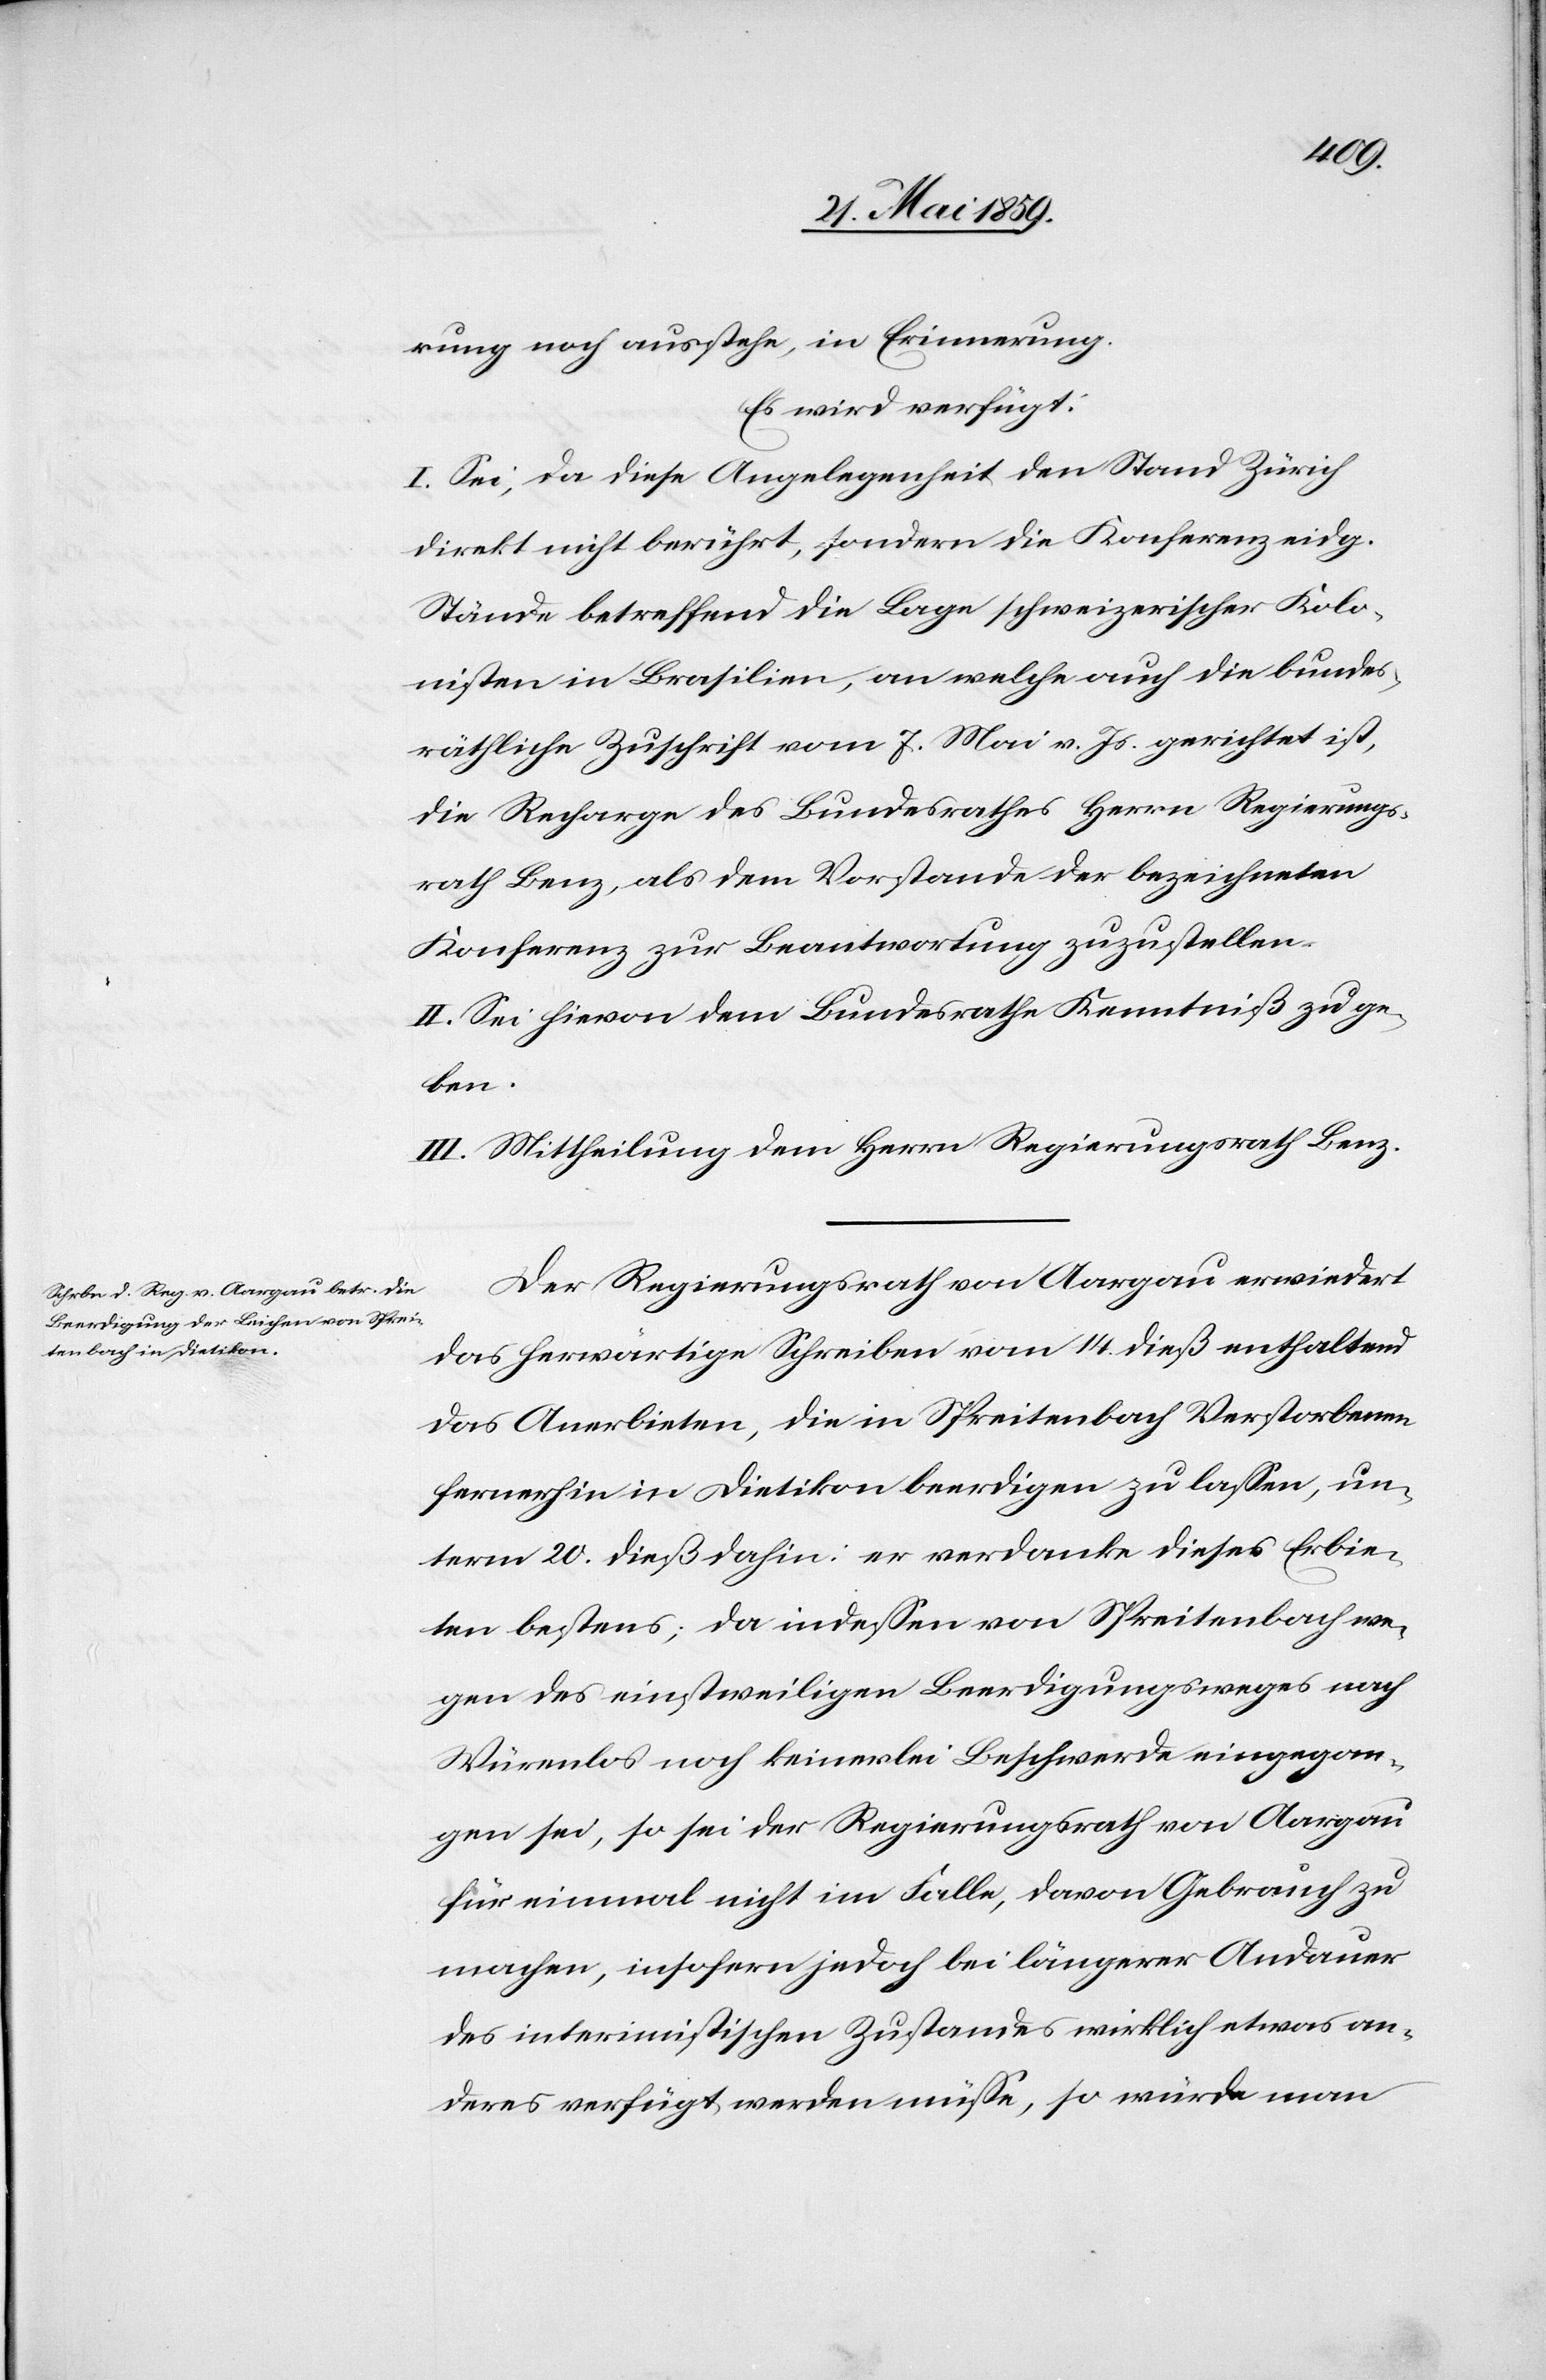
rung noch ausstehe, in Erinnerung.
Es wird verfügt:
I. Sei, da diese Angelegenheit den Stand Zürich
direkt nicht berührt, sondern die Konferenz eidg.
Stände betreffend die Lage schweizerischer Kolo¬
nisten in Brasilien, an welche auch die bundes¬
räthliche Zuschrift vom 7. Mai v. Js. gerichtet ist,
die Recharge des Bundesrathes Herrn Regierungs¬
rath Benz, als dem Vorstande der bezeichneten
Konferenz zur Beantwortung zuzustellen.
II. Sei hievon dem Bundesrathe Kenntniß zu ge¬
ben.
III. Mittheilung dem Herrn Regierungsrath Benz.
Der Regierungsrath von Aargau erwiedert
das herwärtige Schreiben vom 14. dieß enthaltend
das Anerbieten, die in Spreitenbach Verstorbenen
fernerhin in Dietikon beerdigen zu laßen, un¬
term 20. dieß dahin: er verdanke dieses Erbie¬
ten bestens; da indeßen von Spreitenbach we¬
gen des einstweiligen Beerdigungsweges nach
Würenlos noch keinerlei Beschwerde eingegan¬
gen sei, so sei der Regierungsrath von Aargau
für einmal nicht im Falle, davon Gebrauch zu
machen, insofern jedoch bei längerer Andauer
des interimistischen Zustandes wirklich etwas an¬
deres verfügt werden müße, so würde man